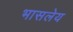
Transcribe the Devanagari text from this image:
भासलेय